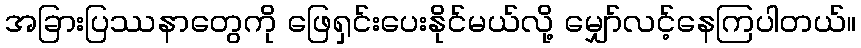
အခြားပြဿနာတွေကို ဖြေရှင်းပေးနိုင်မယ်လို့ မျှော်လင့်နေကြပါတယ်။